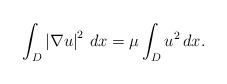
LaTeX: \begin{align*}\int_{D}\left|\nabla u\right|^2\,dx=\mu\int_{D}u^2\,dx.\end{align*}